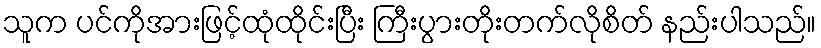
သူက ပင်ကိုအားဖြင့်ထုံထိုင်းပြီး ကြီးပွားတိုးတက်လိုစိတ် နည်းပါသည်။